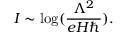
I \sim \log ( { \frac { \Lambda ^ { 2 } } { e H \hbar } } ) .